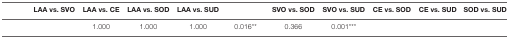
<table><thead><tr><td>[EMPTY_CELL]</td><td><b>LAA vs. SVO</b></td><td><b>LAA vs. CE</b></td><td><b>LAA vs. SOD</b></td><td><b>LAA vs. SUD</b></td><td>[EMPTY_CELL]</td><td><b>SVO vs. SOD</b></td><td><b>SVO vs. SUD</b></td><td><b>CE vs. SOD</b></td><td><b>CE vs. SUD</b></td><td><b>SOD vs. SUD</b></td></tr></thead><tbody><tr><td>[EMPTY_CELL]</td><td>[EMPTY_CELL]</td><td>1.000</td><td>1.000</td><td>1.000</td><td>0.016**</td><td>0.366</td><td>0.001***</td><td>[EMPTY_CELL]</td><td>[EMPTY_CELL]</td><td>[EMPTY_CELL]</td></tr></tbody></table>